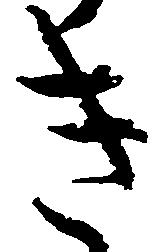
き